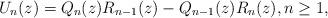
LaTeX: \begin{align*} U_{n}(z) = Q_{n}(z) R_{n-1}(z) - Q_{n-1}(z) R_{n}(z), n \geq 1,\end{align*}